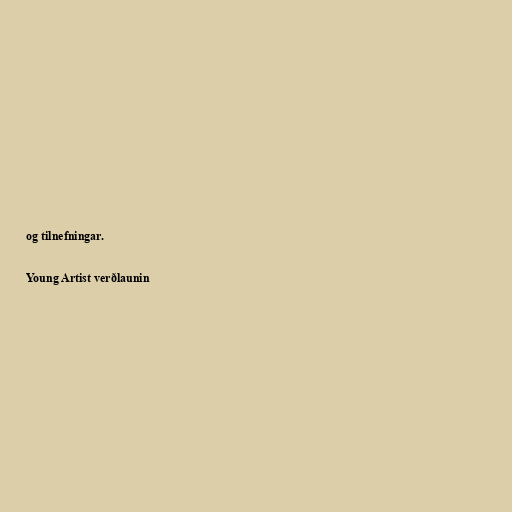
og tilnefningar.

Young Artist verðlaunin